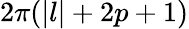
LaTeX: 2\pi(|l|+2p+1)